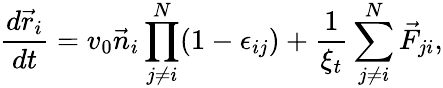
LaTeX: \frac{d\vec{r}_{i}}{dt}=v_{0}\vec{n}_{i}\prod_{j\neq i}^{N}(1-\epsilon_{ij})+\frac{1}{\xi_{t}}\sum_{j\neq i}^{N}\vec{F}_{ji},